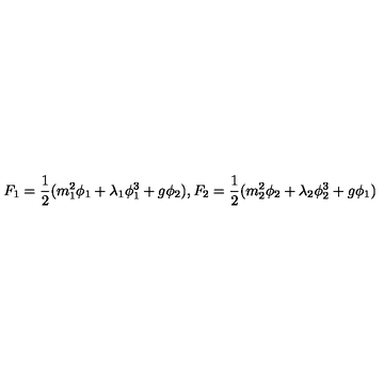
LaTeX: F _ { 1 } = \frac { 1 } { 2 } ( m _ { 1 } ^ { 2 } \phi _ { 1 } + \lambda _ { 1 } \phi _ { 1 } ^ { 3 } + g \phi _ { 2 } ) , F _ { 2 } = \frac { 1 } { 2 } ( m _ { 2 } ^ { 2 } \phi _ { 2 } + \lambda _ { 2 } \phi _ { 2 } ^ { 3 } + g \phi _ { 1 } )